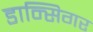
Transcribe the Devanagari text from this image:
डान्सिगर